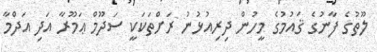
ލޫތުގެ ފާނުގެ ޤައުމުގެ މީހުން ދިރިއުޅުނު ރަށްތަކަކީ ސަދޫމް ޢަމޫރާ އަދި އަދްމާ